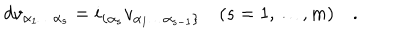
d v _ { \alpha _ { 1 } \dots \alpha _ { s } } = i _ { \{ \alpha _ { s } } v _ { \alpha _ { 1 } \dots \alpha _ { s - 1 } \} } \quad ( s = 1 , \dots , m ) \quad .